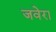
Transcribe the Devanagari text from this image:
जवेरा